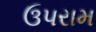
ઉપરામ